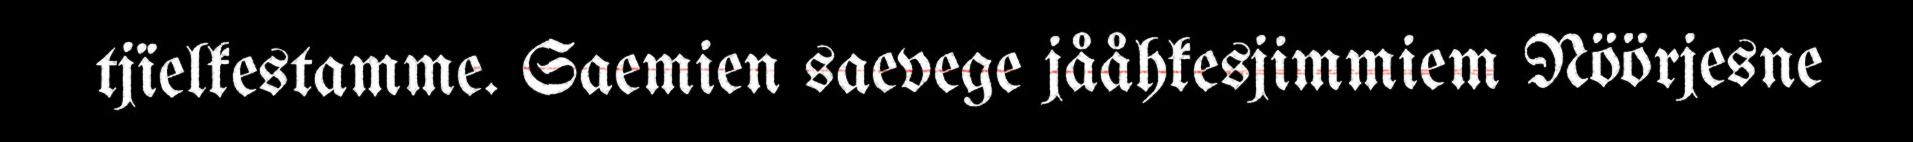
tjïelkestamme. Saemien saevege jååhkesjimmiem Nöörjesne